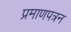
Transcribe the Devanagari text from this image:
प्रमाणपत्रन